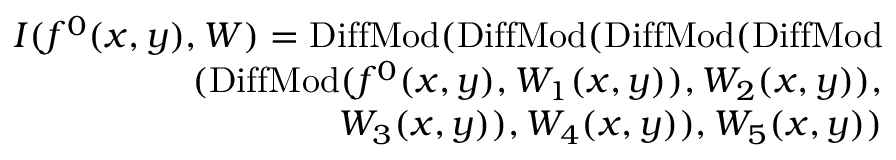
\begin{array} { r } { I ( f ^ { 0 } ( x , y ) , W ) = \mathrm { D i f f M o d } ( \mathrm { D i f f M o d } ( \mathrm { D i f f M o d } ( \mathrm { D i f f M o d } } \\ { ( \mathrm { D i f f M o d } ( f ^ { 0 } ( x , y ) , W _ { 1 } ( x , y ) ) , W _ { 2 } ( x , y ) ) , } \\ { W _ { 3 } ( x , y ) ) , W _ { 4 } ( x , y ) ) , W _ { 5 } ( x , y ) ) } \end{array}